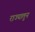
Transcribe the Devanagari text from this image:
राज्यातुन